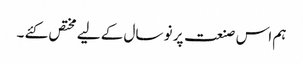
ہم اس صنعت پر نو سال کے لیے مختص کئے ۔